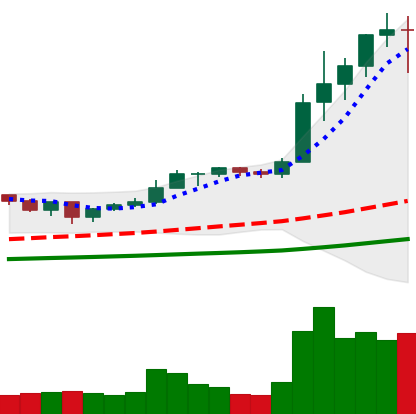
Ticker: ETH-USD
Chart end date: 2021-01-08
Forward return: -7.634%
Label: down_7plus